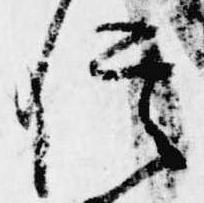
信